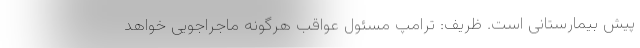
پیش بیمارستانی است. ظریف: ترامپ مسئول عواقب هرگونه ماجراجویی خواهد